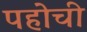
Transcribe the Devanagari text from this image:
पहोची